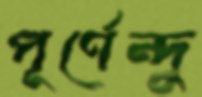
পূর্ণেন্দু